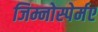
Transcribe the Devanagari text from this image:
जिम्नोस्पेर्मए